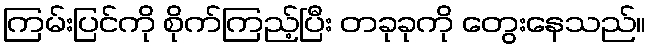
ကြမ်းပြင်ကို စိုက်ကြည့်ပြီး တခုခုကို တွေးနေသည်။